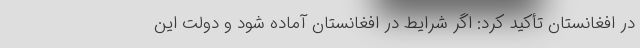
در افغانستان تأکید کرد: اگر شرایط در افغانستان آماده شود و دولت این